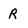
Character: r